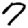
Digit: 7